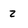
Character: 2